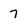
Character: 7